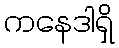
ကနေဒါရှိ